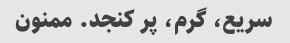
سریع، گرم، پر کنجد. ممنون